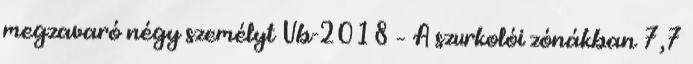
megzavaró négy személyt Vb-2018 – A szurkolói zónákban 7,7